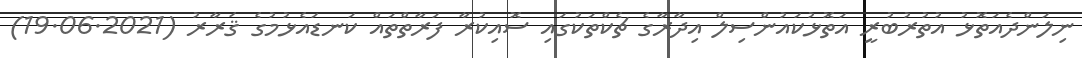
ނިލަންދެއަތޮޅު އުތުރުބުރީ އަތޮޅުކައުންސިލް އިދާރާގެ ޗެކްތަކުގައި ސޮއިކުރާ ފަރާތްތައް ކަނޑައެޅުމުގެ ޤަރާރު (19.06.2021)